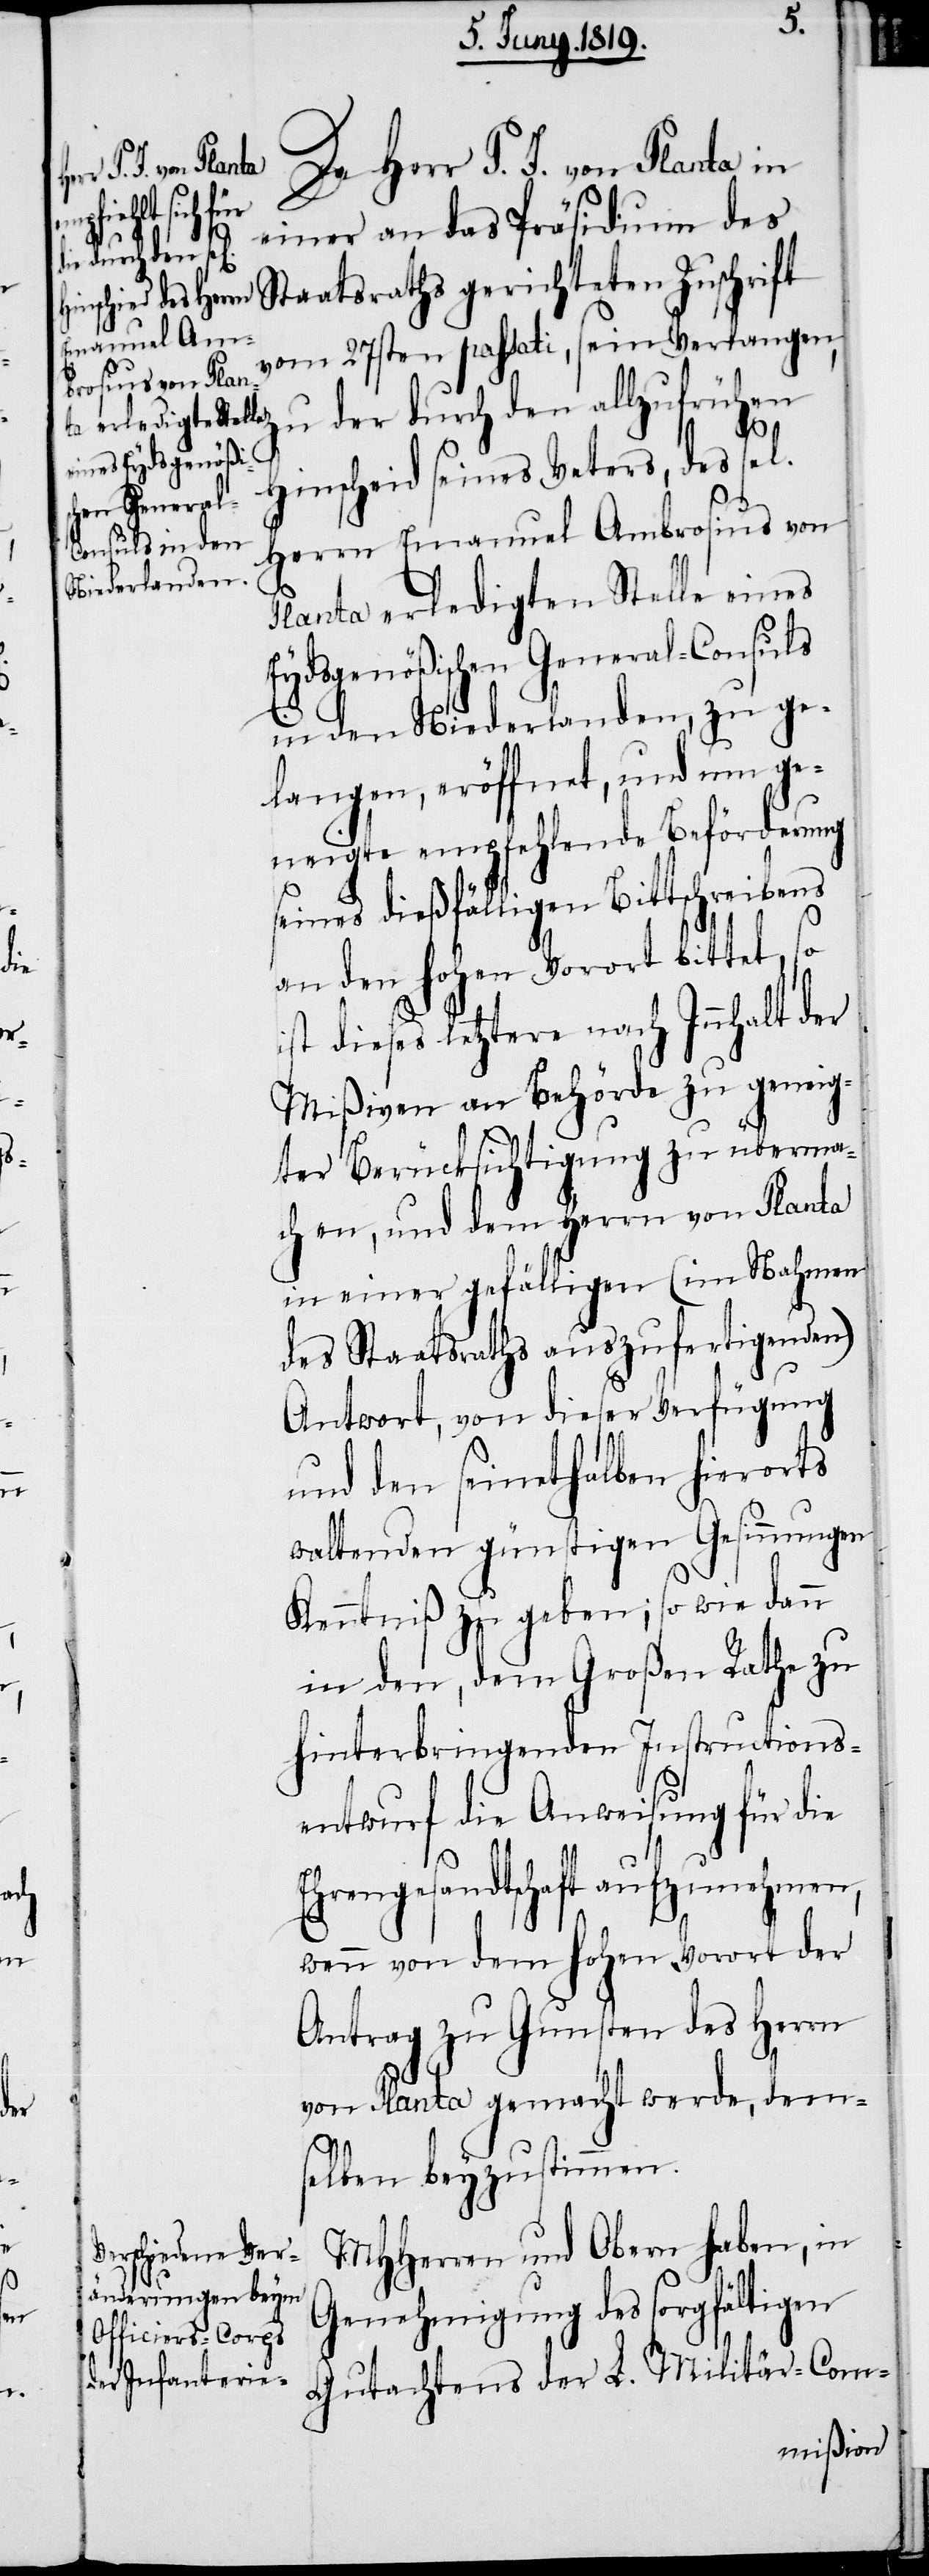
Da Herr P. J. von Planta in
einer an das Präsidium de¬
s Staatsraths gerichteten Zuschrift
vom 27sten passati, sein Verlangen,
zu der durch den allzufrühen
Hinscheid seines Veters, des sel.
Herrn Emanuel Ambrosius von
Planta erledigten Stelle eines
Eydsgenößischen General-Consuls
in den Niederlanden, zu ge¬
langen, eröffnet, und um ge¬
neigte empfehlende Beförderung
seines dießfälligen Bittschreibens
an den hohen Vorort bittet, so
ist dieses letztere nach Innhalt der
Mißiven an Behörde zu geneig¬
ter Berücksichtigung zu überma¬
chen, und dem Herrn von Planta
in einer gefälligen (im Nahmen
des Staatsraths auszufertigenden)
Antwort, von dieser Verfügung
und den seinethalben hierorts
waltenden günstigen Gesinnungen
Kenntniß zu geben; so wie dann
in den, dem Großen Rathe zu
hinterbringenden Instructions¬
entwurf die Anweisung für die
Ehrengesandtschaft aufzunehmen,
wenn von dem hohen Vorort der
Antrag zu Gunsten des Herrn
von Planta gemacht werde, dem¬
selben beyzustimmen.
MHHerren und Obern haben, in
Genehmigung des sorgfältigen
Gutachtens der L. Militär-Com-